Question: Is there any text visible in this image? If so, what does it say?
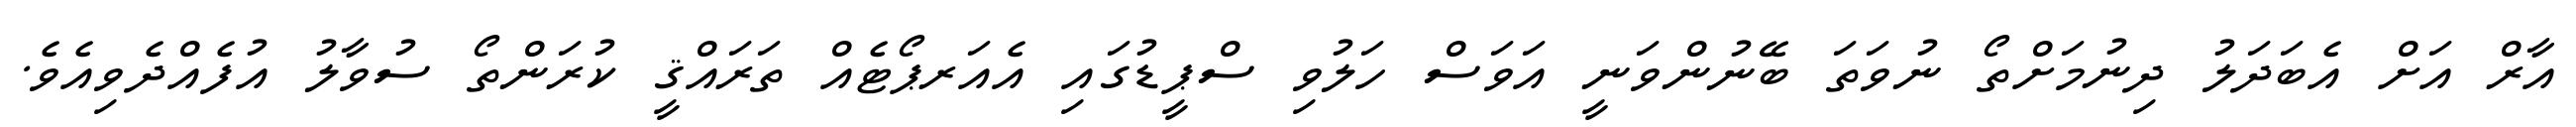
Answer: އާރް އަށް އެބަދަލު ދިނުމަށްތޯ ނުވަތަ ބޭނުންވަނީ އަވަސް ހަލުވި ސްޕީޑުގައި އެއަރޕޯޓެއް ތަރައްޤީ ކުރަންތޯ ސުވާލު އުފެއްދެވިއެވެ.